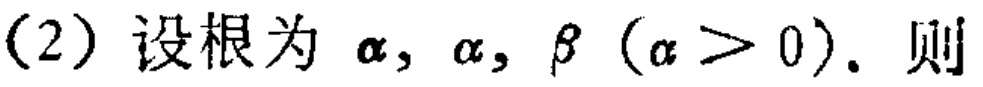
(2) 设根为 \(\alpha,\alpha,\beta\ (\alpha > 0)\). 则